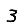
Digit: 3